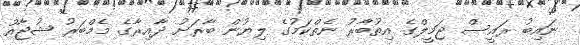
ނައިބު ރައީސް ޖަމީލްގެ އިތުބާރު ނެތްކަމުގެ ލިޔުން ބާރަށު ދާއިރާގެ މެމްބަރު ޝުޖާއު